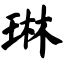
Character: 琳